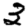
Digit: 3